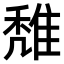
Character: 𨿖